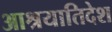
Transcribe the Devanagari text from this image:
आश्रयातिदेश